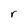
Character: r